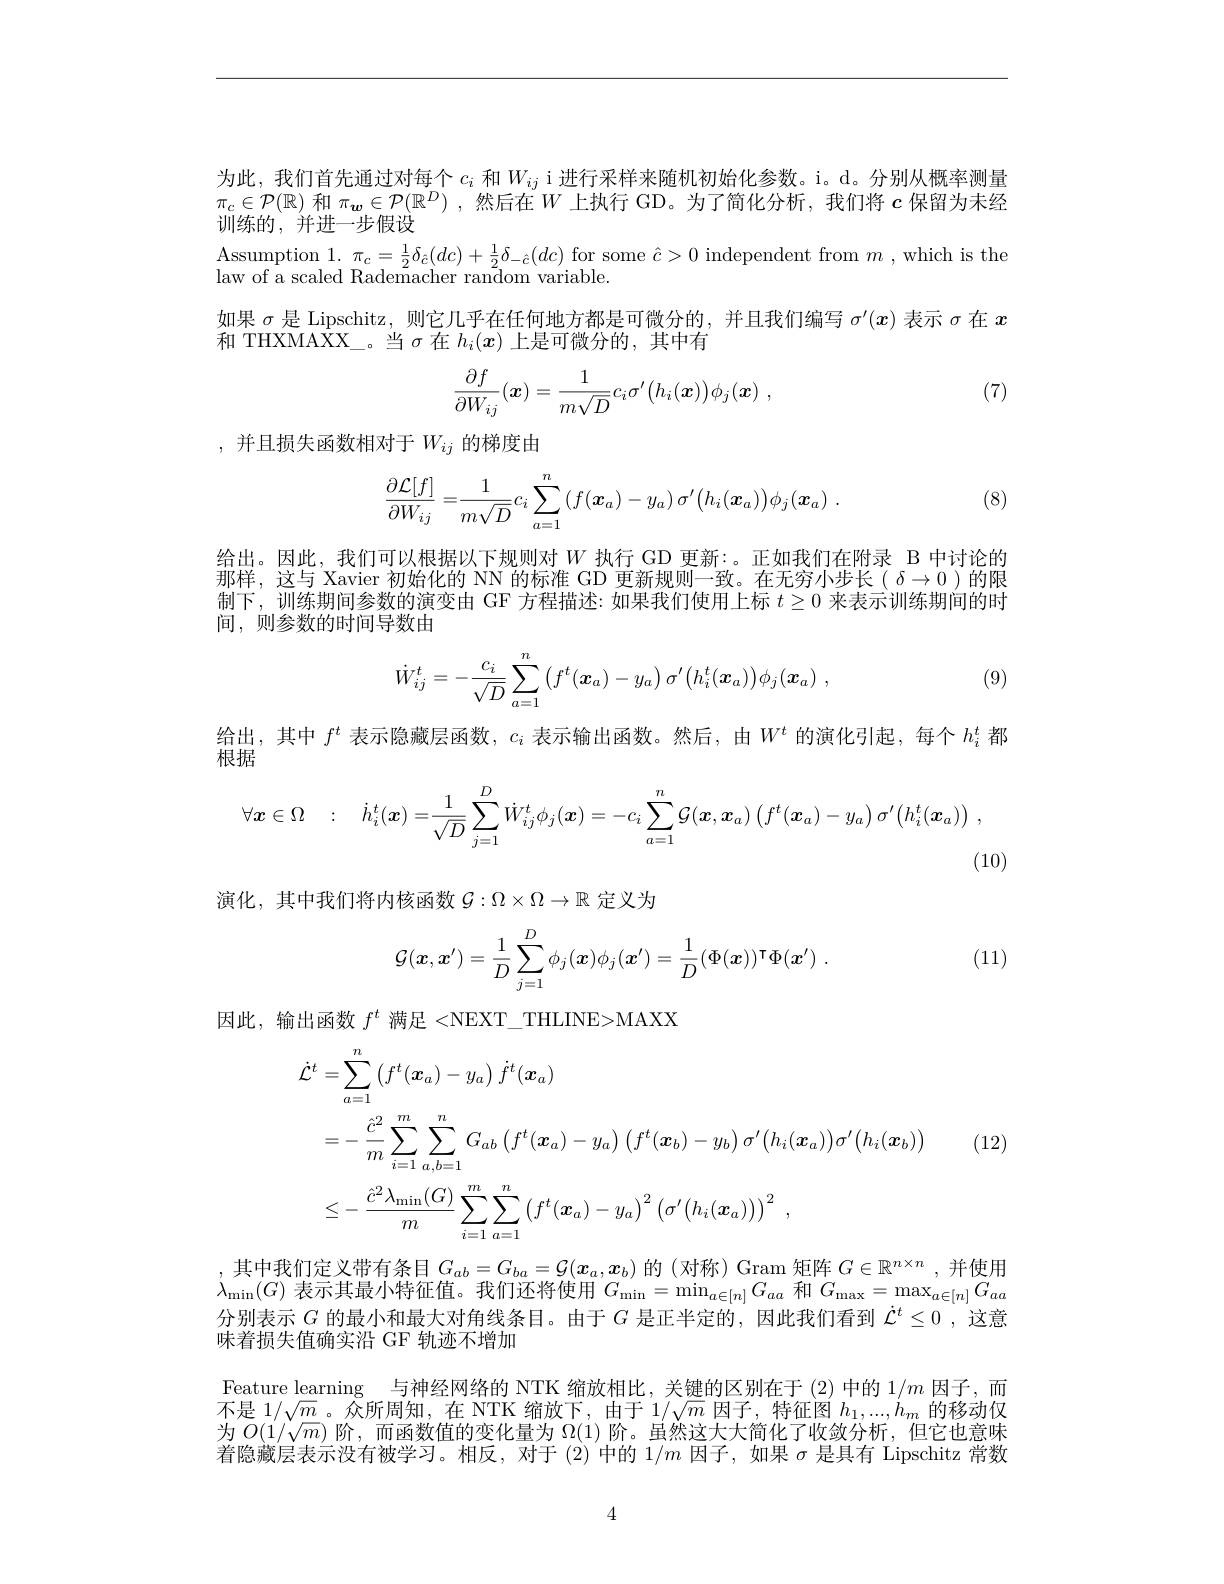
为此，我们首先通过对每个 $c_i$ 和$W_{ij}$ i进行采样来随机初始化参数。i。d。分别从概率测量$\pi_c\in\mathcal{P}(\mathbb{R})$和$\pi_{\boldsymbol{w}}\in\mathcal{P}(\mathbb{R}^D)$ ,然后在$W$上执行 GD。为了简化分析，我们将$c$保留为未经训练的，并进一步假设
Assumption $1.\pi_{c}=\frac{1}{2}\delta_{\hat{c}}(dc)+\frac{1}{2}\delta_{-\hat{c}}(dc)$ for some $\hat{c}>0$ independent from $m$ , which is the
law of a scaled Rademacher random variable.
如果$\sigma$是 Lipschitz, 则它几乎在任何地方都是可微分的，并且我们编写$\sigma^{\prime}(x)$表示$\sigma$在$x$
和 THXMAXX\_。当$\sigma$在$h_i(\boldsymbol{x})$上是可微分的，其中有
$$\frac{\partial f}{\partial W_{ij}}(\boldsymbol{x})=\frac{1}{m\sqrt{D}}c_{i}\sigma'\big(h_{i}(\boldsymbol{x})\big)\phi_{j}(\boldsymbol{x})\:,$$
(7)

,并且损失函数相对于$W_ij$ 的梯度由

(8)
$$\dfrac{\partial\mathcal{L}[f]}{\partial W_{ij}}=\dfrac{1}{m\sqrt{D}}c_i\sum_{a=1}^n\left(f(\boldsymbol{x}_a)-y_a\right)\sigma'\big(h_i(\boldsymbol{x}_a)\big)\phi_j(\boldsymbol{x}_a)\:.$$
给出。因此，我们可以根据以下规则对$W$ 执行 GD 更新：。正如我们在附录 B 中讨论的那样，这与 Xavier 初始化的 NN 的标准 GD 更新规则一致。在无穷小步长( $\delta\to0$的限制下，训练期间参数的演变由 GF 方程描述：如果我们使用上标$t\geq0$来表示训练期间的时间，则参数的时间导数由

(9)
$$\dot{W}_{ij}^{t}=-\frac{c_{i}}{\sqrt{D}}\sum_{a=1}^{n}\left(f^{t}(\boldsymbol{x}_{a})-y_{a}\right)\sigma'\big(h_{i}^{t}(\boldsymbol{x}_{a})\big)\phi_{j}(\boldsymbol{x}_{a})\:,$$
给出，其中$f^t$表示隐藏层函数，$c_i$表示输出函数。然后，由$W^t$的演化引起，每个$h_i^t$都
根据
$$\forall\boldsymbol{x}\in\Omega\quad:\quad\dot{h}_{i}^{t}(\boldsymbol{x})=\frac{1}{\sqrt{D}}\sum_{j=1}^{D}\dot{W}_{ij}^{t}\phi_{j}(\boldsymbol{x})=-c_{i}\sum_{a=1}^{n}\mathcal{G}(\boldsymbol{x},\boldsymbol{x}_{a})\left(f^{t}(\boldsymbol{x}_{a})-y_{a}\right)\sigma^{\prime}\left(h_{i}^{t}(\boldsymbol{x}_{a})\right)\:,$$
(10)

演化，其中我们将内核函数$\mathcal{G}:\Omega\times\Omega\to\mathbb{R}$定义为

(11)
$$\mathcal{G}(\boldsymbol{x},\boldsymbol{x}')=\frac{1}{D}\sum_{j=1}^{D}\phi_{j}(\boldsymbol{x})\phi_{j}(\boldsymbol{x}')=\frac{1}{D}(\Phi(\boldsymbol{x}))^{\intercal}\Phi(\boldsymbol{x}')\:.$$
因此，输出函数$f^t$满足<NEXT\_THLINE>MAXX
$$\begin{aligned}\dot{\mathcal{L}}^{t}&=\sum_{a=1}^n\left(f^t(\boldsymbol{x}_a)-y_a\right)\dot{f}^t(\boldsymbol{x}_a)\\&=-\frac{\hat{c}^2}m\sum_{i=1}^m\sum_{a,b=1}^nG_{ab}\left(f^t(\boldsymbol{x}_a)-y_a\right)\left(f^t(\boldsymbol{x}_b)-y_b\right)\sigma^{\prime}\left(h_i(\boldsymbol{x}_a)\right)\sigma^{\prime}\left(h_i(\boldsymbol{x}_b)\right)\\&\leq-\frac{\hat{c}^2\lambda_{\min}(G)}m\sum_{i=1}^m\sum_{a=1}^n\left(f^t(\boldsymbol{x}_a)-y_a\right)^2\left(\sigma^{\prime}\left(h_i(\boldsymbol{x}_a)\right)\right)^2\:,\end{aligned}$$
(12)

,其中我们定义带有条目$G_ab=G_{ba}=\mathcal{G}(x_a,\boldsymbol{x}_b)$的 (对称) Gram 矩阵$G\in\mathbb{R}^n\times n$,并使用$\lambda_{\min}(G)$表示其最小特征值。我们还将使用$G_\min=\min_a\in[n]G_{aa}$和$G_\max=\max_{a\in[n]}G_{aa}$ 分别表示$G$的最小和最大对角线条目。由于$G$是正半定的，因此我们看到$\dot{\mathcal{L}}^t\leq0$ ,这意味着损失值确实沿 GF 轨迹不增加

Feature learning 与神经网络的 NTK 缩放相比，关键的区别在于 (2) 中的$1/m$因子，而不是$1/\sqrt{m}$。众所周知，在 NTK 缩放下，由于$1/\sqrt{m}$因子，特征图$h_1,...,h_m$的移动仅为$O(1/\sqrt{m})$阶，而函数值的变化量为$\Omega(1)$阶。虽然这大大简化了收敛分析，但它也意味着隐藏层表示没有被学习。相反，对于(2)中的$1/m$因子，如果$\sigma$是具有 Lipschitz 常数

4